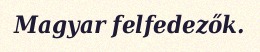
Magyar felfedezők.